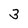
Character: 3